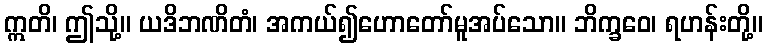
ဣတိ၊ ဤသို့။ ယဒိဘဏိတံ၊ အကယ်၍ဟောတော်မူအပ်သော။ ဘိက္ခဝေ၊ ရဟန်းတို့။